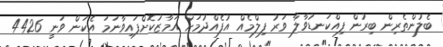
ބެލުންތެރިން ބިރުން ފިއްކަނޑުވާލާ ވަރު ފިލްމެއް އުފެއްދުމަށް އަމާޒުކޮށްފައިވާނަމަ އެކަން ވަނީ 4426